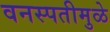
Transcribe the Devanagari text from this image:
वनस्पतीमुळे